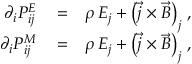
\begin{array} { r l r } { \partial _ { i } { \cal P } _ { i j } ^ { E } } & { { } = } & { \rho \, E _ { j } + \left( \vec { j } \times \vec { B } \right) _ { j } \, , } \\ { \partial _ { i } { \cal P } _ { i j } ^ { M } } & { { } = } & { \rho \, E _ { j } + \left( \vec { j } \times \vec { B } \right) _ { j } \, , } \end{array}